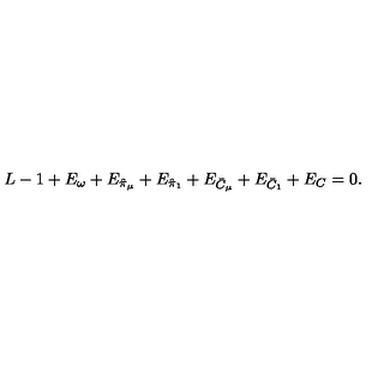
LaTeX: L - 1 + E _ { \omega } + E _ { \hat { \pi } _ { \mu } } + E _ { \hat { \pi } _ { 1 } } + E _ { \bar { C } _ { \mu } } + E _ { \bar { C } _ { 1 } } + E _ { C } = 0 .